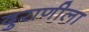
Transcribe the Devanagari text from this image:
दुराणीला